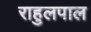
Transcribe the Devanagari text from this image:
राहुलपाल